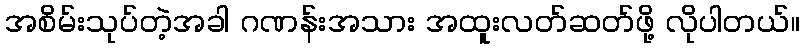
အစိမ်းသုပ်တဲ့အခါ ဂဏန်းအသား အထူးလတ်ဆတ်ဖို့ လိုပါတယ်။